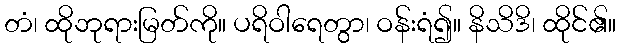
တံ၊ ထိုဘုရားမြတ်ကို။ ပရိဝါရေတွာ၊ ဝန်းရံ၍။ နိသိဒိ၊ ထိုင်၏။